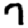
Digit: 7